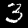
Digit: 3